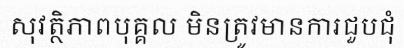
សុវត្ថិភាពបុគ្គល មិនត្រូវមានការជួបជុំ